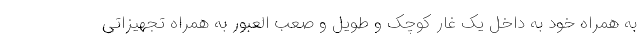
به همراه خود به داخل یک غار کوچک و طویل و صعب العبور به همراه تجهیزاتی